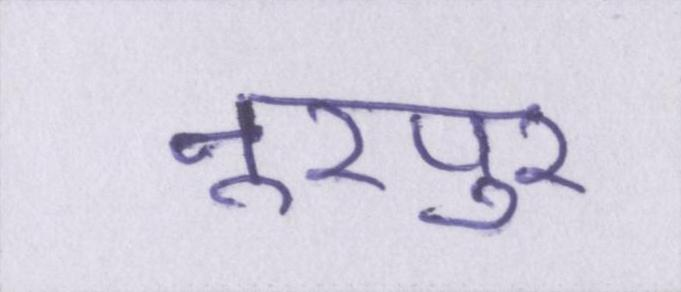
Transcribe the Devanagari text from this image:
नूरपुर